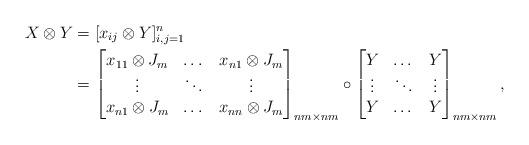
LaTeX: \begin{align*}X \otimes Y &=[ x_{ij} \otimes Y ]_{i,j=1}^n\\&=\begin{bmatrix}x_{11} \otimes J_m&\dots & x_{n1} \otimes J_m\\\vdots& \ddots & \vdots\\ x_{n1} \otimes J_m & \dots & x_{nn} \otimes J_m\end{bmatrix}_{nm \times nm}\circ \begin{bmatrix}Y & \dots & Y\\ \vdots & \ddots & \vdots \\ Y & \dots & Y\end{bmatrix}_{nm \times nm},\end{align*}